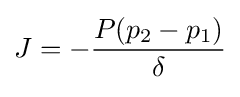
{\bigg .}J=-{\frac {P(p_{2}-p_{1})}{\delta }}{\bigg .}